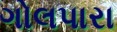
ગોલપારા